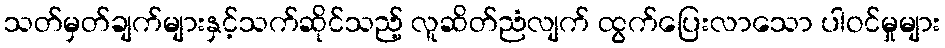
သတ်မှတ်ချက်များနှင့်သက်ဆိုင်သည့် လူဆိတ်ညံလျက် ထွက်ပြေးလာသော ပါဝင်မှုများ